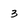
Character: 3